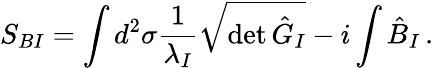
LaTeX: S_{BI}=\int d^{2}\sigma\frac{1}{\lambda_{I}}\sqrt{\operatorname*{det}{\hat{G}}_{I}}-i\int\hat{B}_{I}\, .